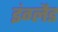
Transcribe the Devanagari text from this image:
इंग्‍लैड